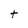
Character: t